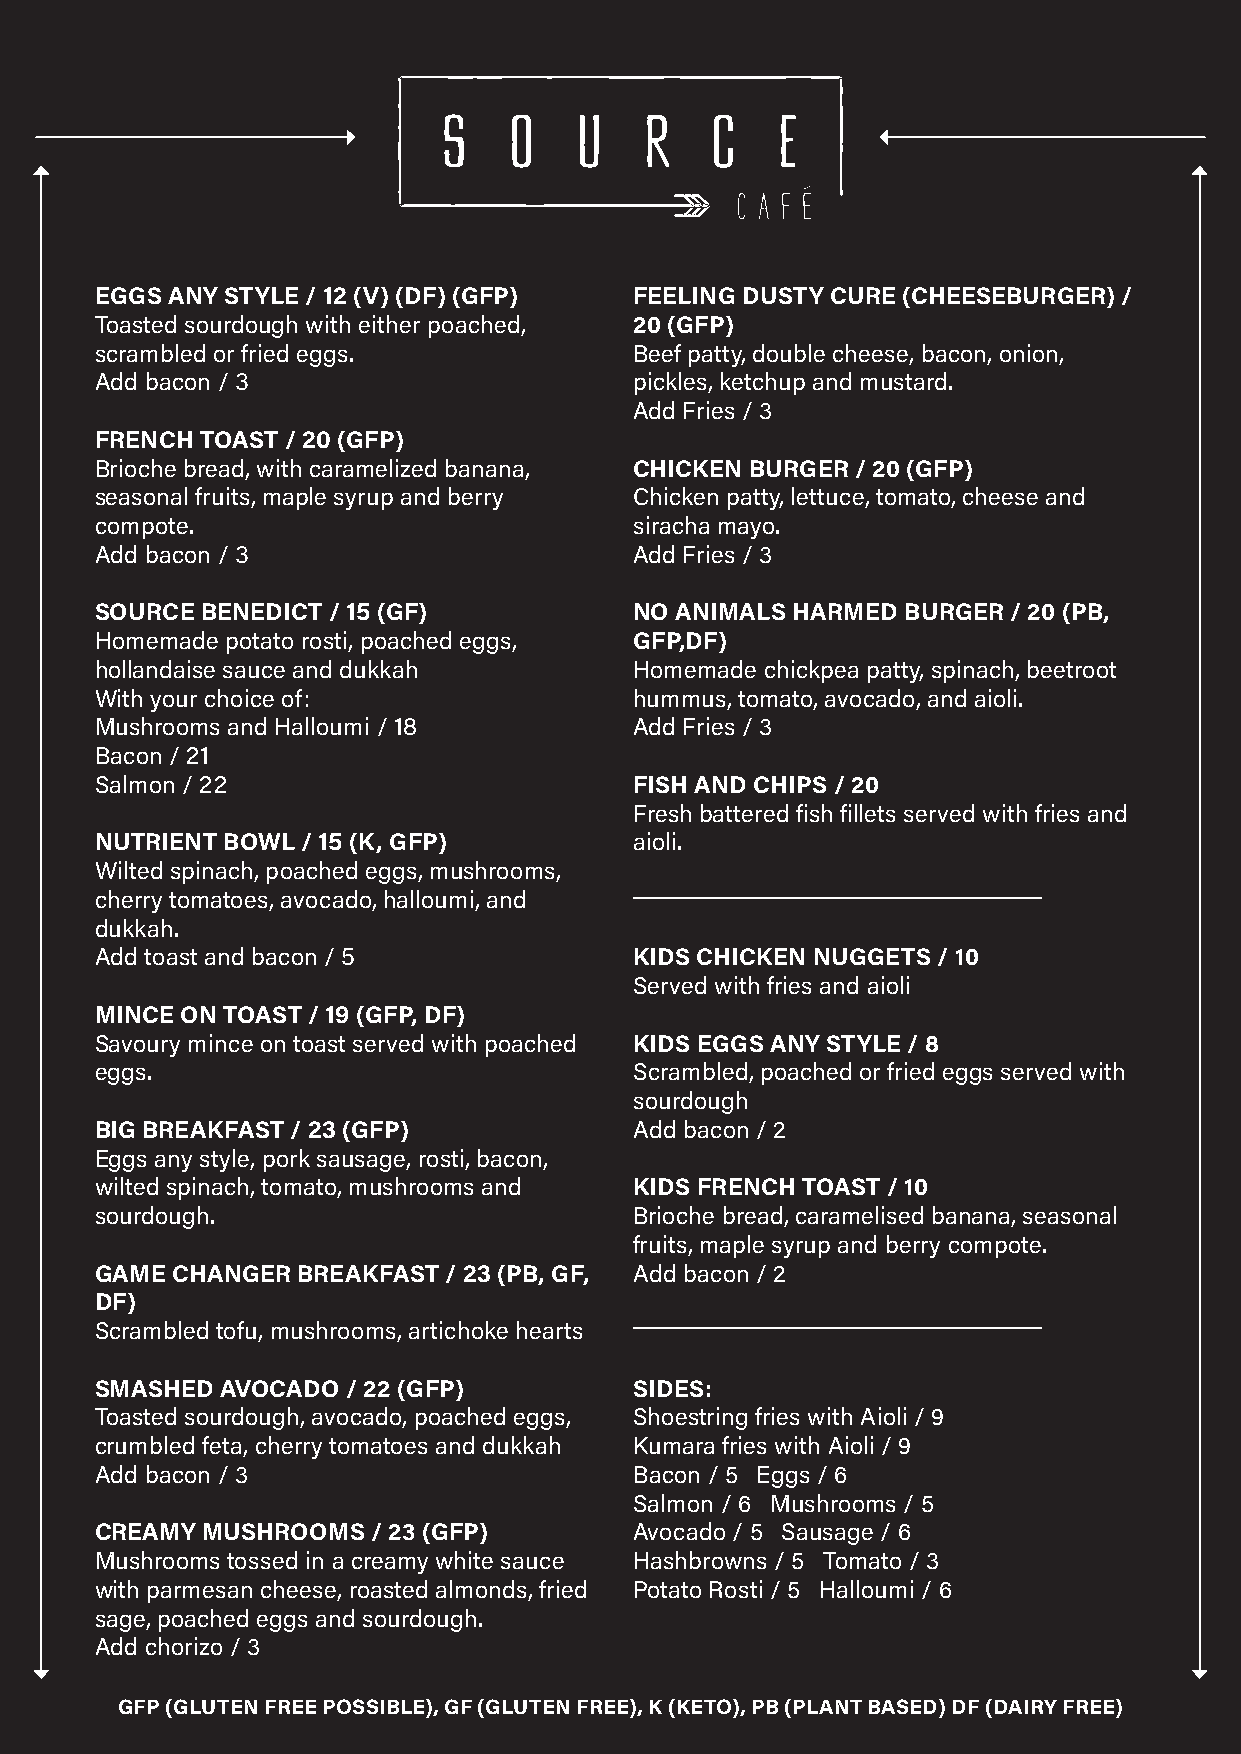
EGGS ANY STYLE / 12 (V) (DF) (GFP)  FEELING DUSTY CURE (CHEESEBURGER) /
 Toasted sourdough with either poached, 20 (GFP)
 scrambled or fried eggs.            Beef patty, double cheese, bacon, onion,
 Add bacon / 3                       pickles, ketchup and mustard.
 Add Fries / 3
 FRENCH TOAST / 20 (GFP)
 Brioche bread, with caramelized banana, CHICKEN BURGER / 20 (GFP)
 seasonal fruits, maple syrup and berry Chicken patty, lettuce, tomato, cheese and
 compote.                            siracha mayo.
 Add bacon / 3                       Add Fries / 3
 SOURCE BENEDICT / 15 (GF)           NO ANIMALS HARMED BURGER / 20 (PB,
 Homemade potato rosti, poached eggs, GFP,DF)
 hollandaise sauce and dukkah        Homemade chickpea patty, spinach, beetroot
 With your choice of:                hummus, tomato, avocado, and aioli.
 Mushrooms and Halloumi / 18         Add Fries / 3
 Bacon / 21
 Salmon / 22                         FISH AND CHIPS / 20
 Fresh battered fish fillets served with fries and
 NUTRIENT BOWL / 15 (K, GFP)         aioli.
 Wilted spinach, poached eggs, mushrooms,
 cherry tomatoes, avocado, halloumi, and
 dukkah.
 Add toast and bacon / 5             KIDS CHICKEN NUGGETS / 10
 Served with fries and aioli
 MINCE ON TOAST / 19 (GFP, DF)
 Savoury mince on toast served with poached KIDS EGGS ANY STYLE / 8
 eggs.                               Scrambled, poached or fried eggs served with
 sourdough
 BIG BREAKFAST / 23 (GFP)            Add bacon / 2
 Eggs any style, pork sausage, rosti, bacon,
 wilted spinach, tomato, mushrooms and KIDS FRENCH TOAST / 10
 sourdough.                          Brioche bread, caramelised banana, seasonal
 fruits, maple syrup and berry compote.
 GAME CHANGER  BREAKFAST / 23 (PB, GF, Add bacon / 2
 DF)
 Scrambled tofu, mushrooms, artichoke hearts
 SMASHED  AVOCADO / 22 (GFP)         SIDES:
 Toasted sourdough, avocado, poached eggs, Shoestring fries with Aioli / 9
 crumbled feta, cherry tomatoes and dukkah Kumara fries with Aioli / 9
 Add bacon / 3                       Bacon / 5 Eggs / 6
 Salmon / 6 Mushrooms / 5
 CREAMY MUSHROOMS   / 23 (GFP)       Avocado / 5 Sausage / 6
 Mushrooms tossed in a creamy white sauce Hashbrowns / 5 Tomato / 3
 with parmesan cheese, roasted almonds, fried Potato Rosti / 5 Halloumi / 6
 sage, poached eggs and sourdough.
 Add chorizo / 3
 GFP (GLUTEN FREE POSSIBLE), GF (GLUTEN FREE), K (KETO), PB (PLANT BASED) DF (DAIRY FREE)